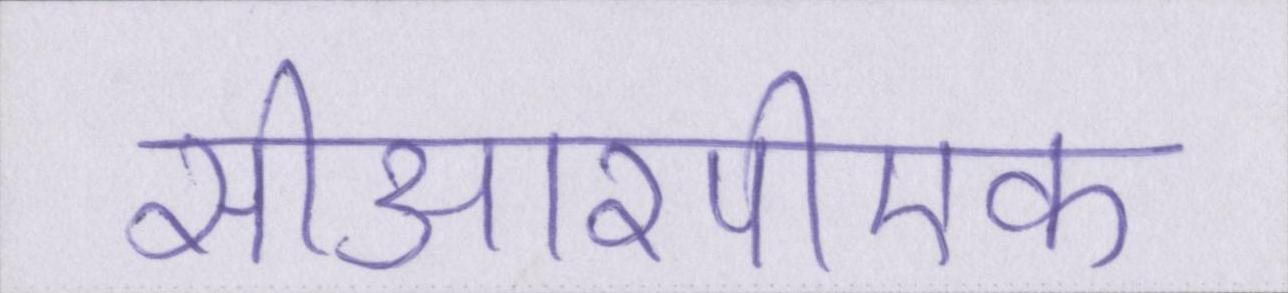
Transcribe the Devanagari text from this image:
सीआरपीएफ